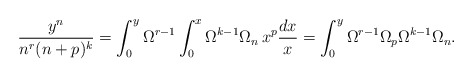
\begin{align*}\frac{y^n}{n^r (n+p)^k}=\int_0^y \Omega^{r-1} \int_0^x \Omega^{k-1}\Omega_n\,x^p\frac{dx}{x}=\int_0^y \Omega^{r-1} \Omega_p\Omega^{k-1}\Omega_n.\end{align*}